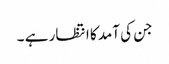
جن کی آمد کا انتظار ہے ۔